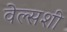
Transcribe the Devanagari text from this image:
वेल्सशी